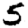
Digit: 5